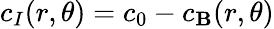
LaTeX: c_{I}(r,\theta)=c_{0}-c_{\mathbf{B}}(r,\theta)